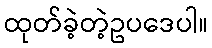
ထုတ်ခဲ့တဲ့ဥပဒေပါ။